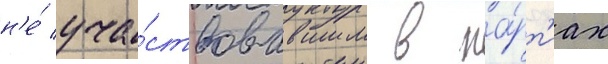
н'е́ уча́ствовавшим в па́рт'иах